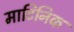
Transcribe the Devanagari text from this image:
माटिनिक